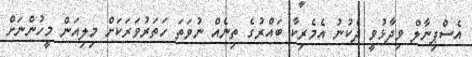
އެސްޕިނާލް ވިދާޅުވީ ދެކުނު އެމެރިކާ ބައްރުގެ ތިނެއް ނުވަތަ ހަތަރުވަރަކަށް މިލިއަން މީހުންނަށް